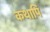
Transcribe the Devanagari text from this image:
कथापि